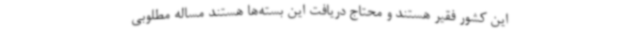
این کشور فقیر هستند و محتاج دریافت این بسته‌ها هستند مساله مطلوبی